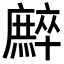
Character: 𢋳